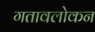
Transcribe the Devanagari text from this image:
गतावलोकन